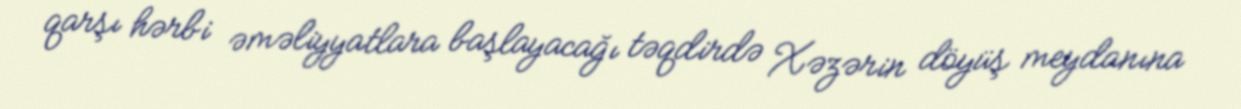
qarşı hərbi əməliyyatlara başlayacağı təqdirdə Xəzərin döyüş meydanına